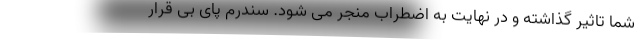
شما تاثیر گذاشته و در نهایت به اضطراب منجر می شود. سندرم پای بی قرار